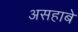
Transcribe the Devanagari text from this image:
असहाबे